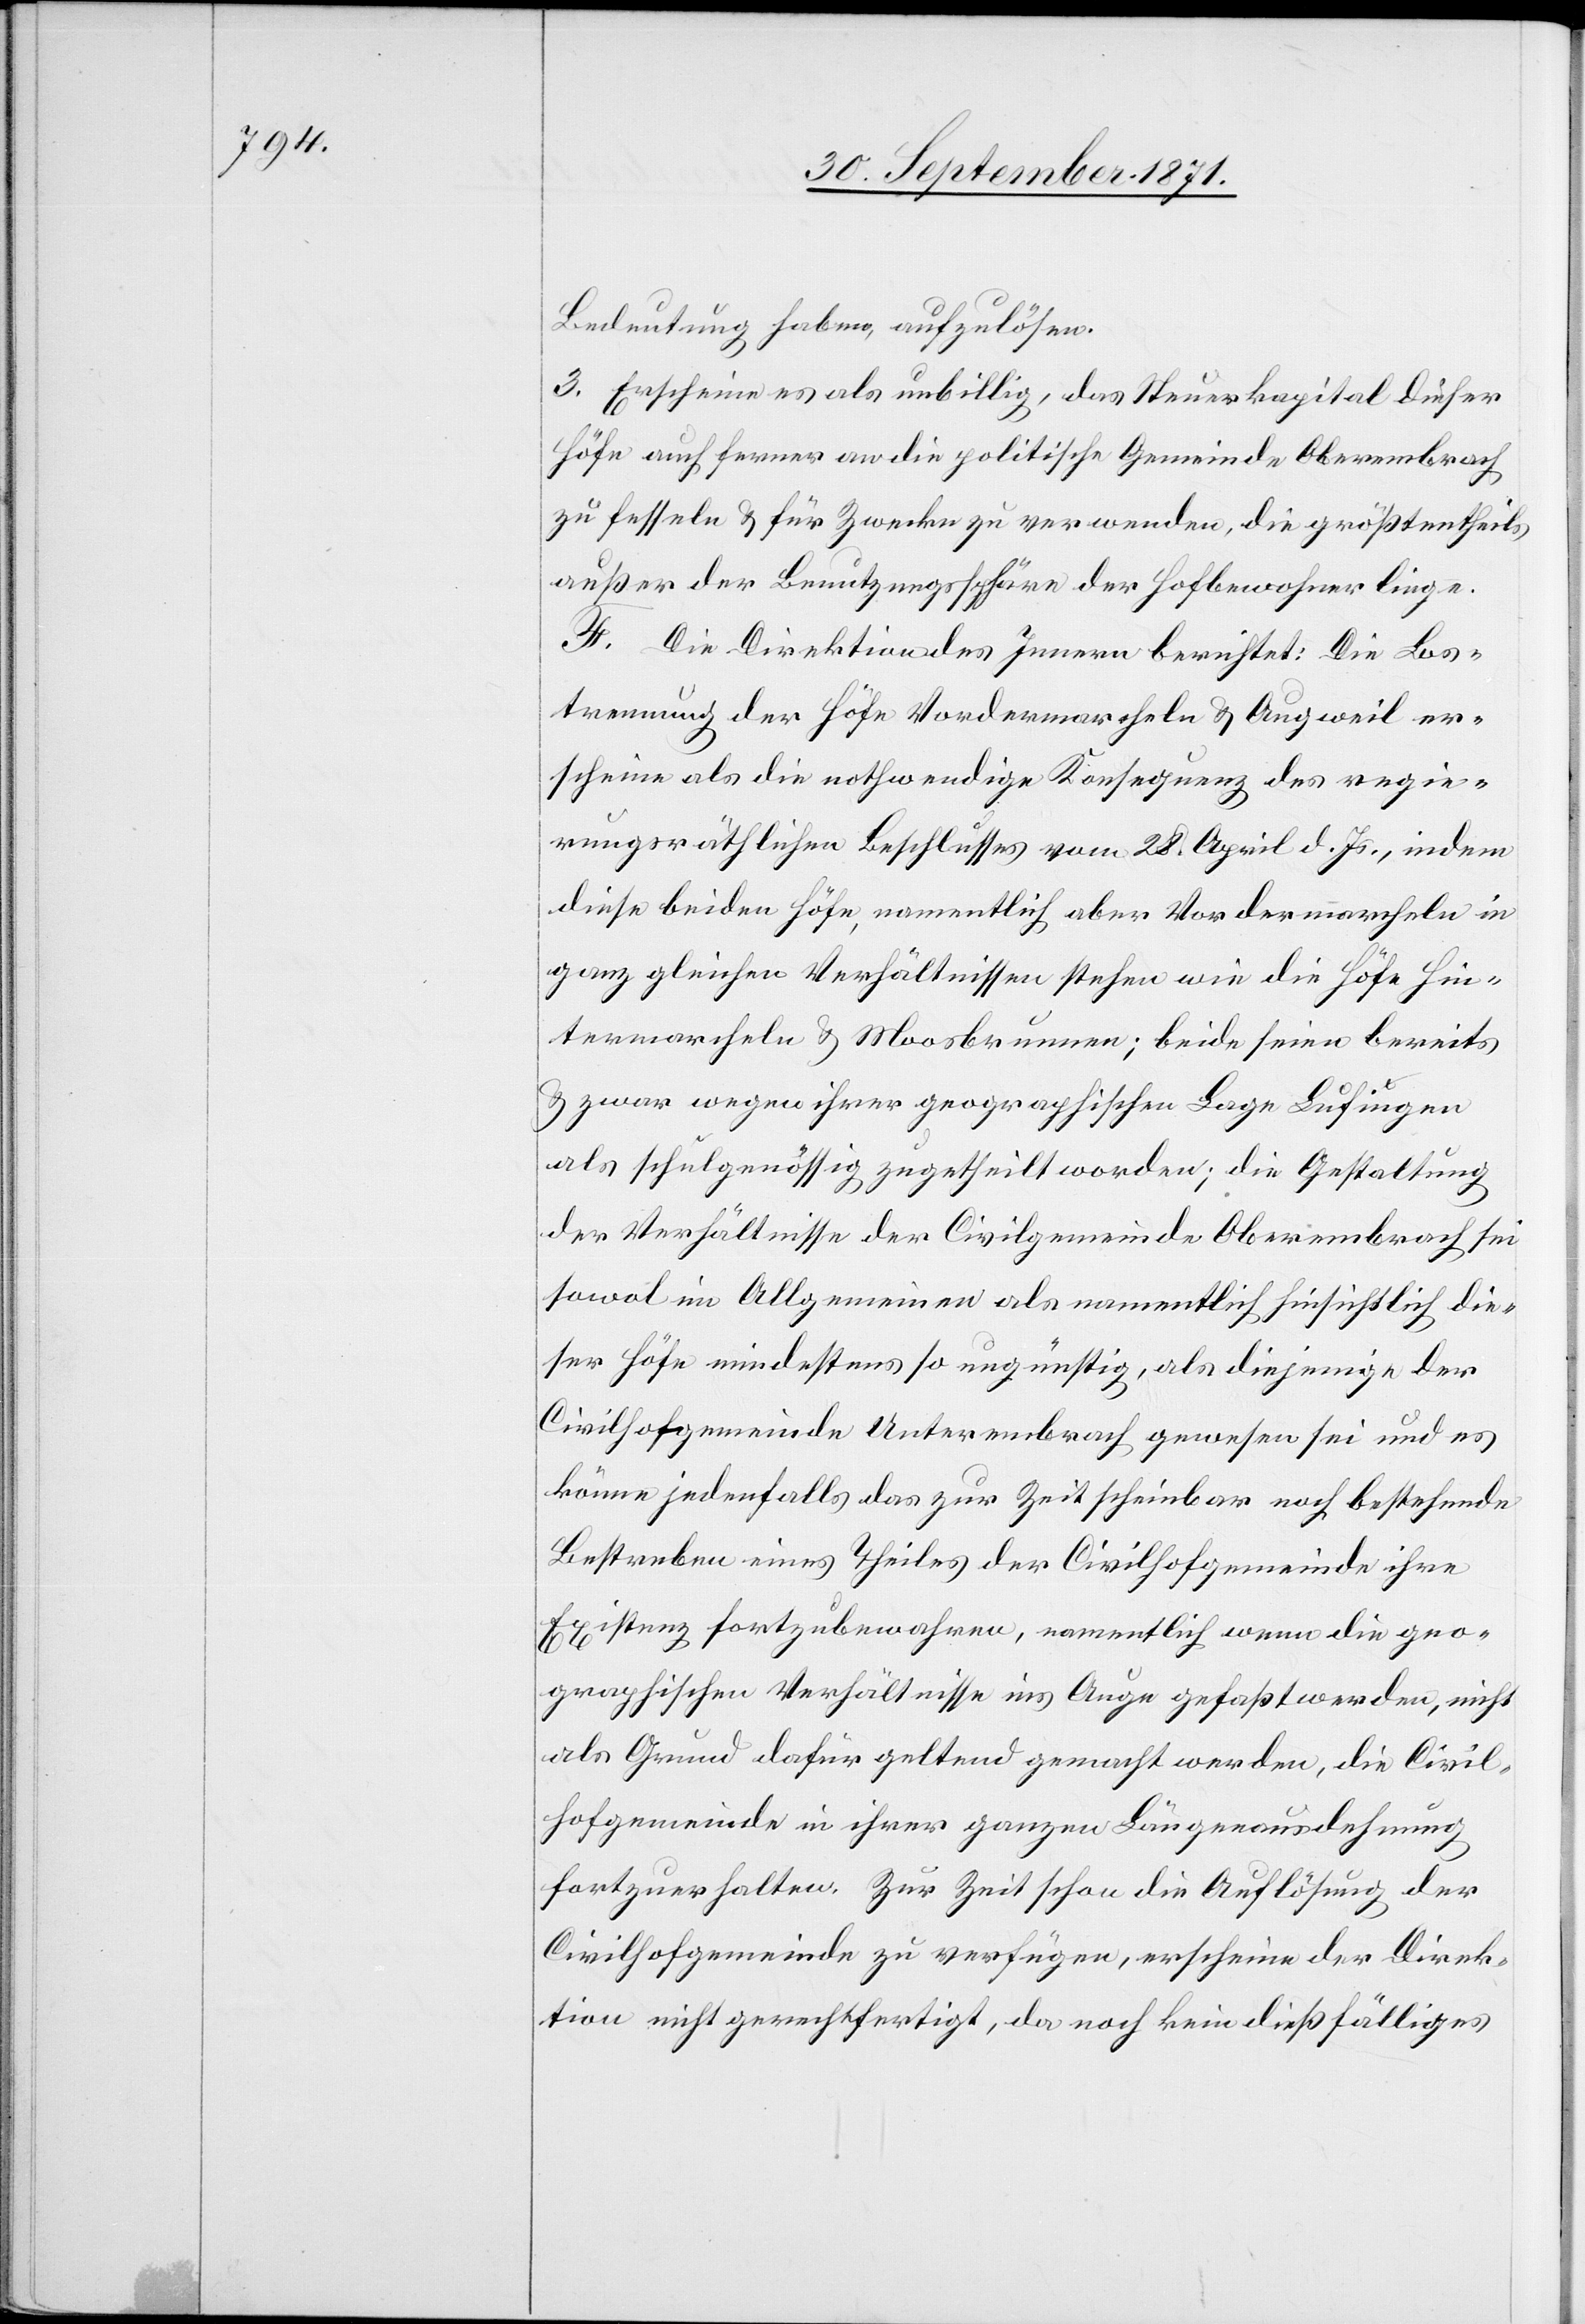
Bedeutung haben, aufzulösen.
3. Erscheine es als unbillig, das Steuerkapital dieser
Höfe auch ferner an die politische Gemeinde Oberembrach
zu fesseln & für Zwecke zu verwenden, die größtentheils
außer der Benutzungssphäre der Hofbewohner liege.
F. Die Direktion des Innern berichtet: Die Los¬
trennung der Höfe Vordermarcheln & Augweil er¬
scheine als die nothwendige Konsequenz des regie¬
rungsräthlichen Beschlusses vom 28. April d. Js., indem
diese beiden Höfe, namentlich aber Vordermarcheln in
ganz gleichen Verhältnissen stehen wie die Höfe Hin¬
termarcheln & Moosbrunnen, beide seien bereits
& zwar wegen ihrer geographischen Lage Lufingen
als Schulgenössig zugetheilt worden; die Gestaltung
der Verhältnisse der Civilgemeinde Oberembrach sei
sowol im Allgemeinen als namentlich hinsichtlich die¬
ser Höfe mindestens so ungünstig, als diejenige der
Civilhofgemeinde Unterembrach gewesen sei und es
könne jedenfalls das zur Zeit scheinbar noch bestehende
Bestreben eines Theiles der Civilhofgemeinde ihre
Existenz fortzubewahren, namentlich wenn die geo¬
graphischen Verhältnisse ins Auge gefaßt werden, nicht
als Grund dafür geltend gemacht werden, die Civil¬
hofgemeinde in ihrer ganzen Längenausdehnung
fortzuerhalten. Zur Zeit schon die Auflösung der
Civilhofgemeinde zu verfügen, erscheine der Direk¬
tion nicht gerechtfertigt, da noch kein dießfälliges